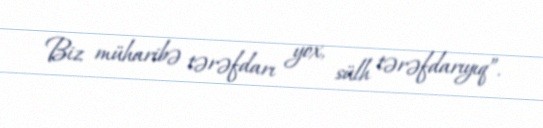
Biz müharibə tərəfdarı yox, sülh tərəfdarıyıq”.